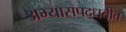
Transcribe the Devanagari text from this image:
अभ्यासपद्धतीत